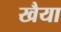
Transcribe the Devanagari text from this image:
खैया